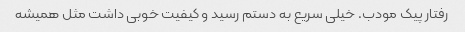
رفتار پیک مودب. خیلی سریع به دستم رسید و کیفیت خوبی داشت مثل همیشه